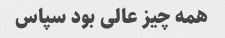
همه چیز عالی بود سپاس